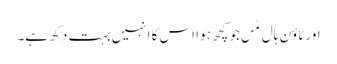
اور ٹاؤن ہال مٰں جو کچھ ہوا اس کا انہیں بہت دکھ ہے۔